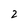
Character: 2